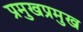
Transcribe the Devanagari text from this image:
प्रमुखप्रमुख